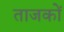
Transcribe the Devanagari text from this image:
ताजकों